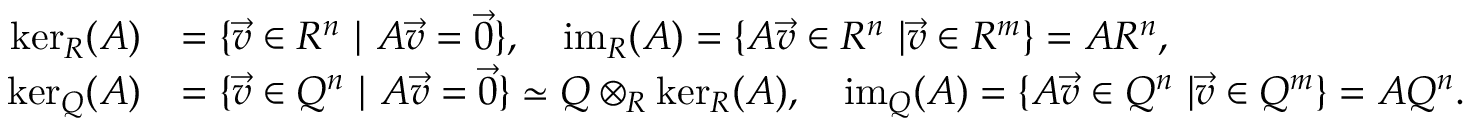
\begin{array} { r l } { \ker _ { R } ( A ) } & { = \{ \vec { v } \in R ^ { n } \ | \ A \vec { v } = \vec { 0 } \} , \ \ \ \operatorname { i m } _ { R } ( A ) = \{ A \vec { v } \in R ^ { n } \ | \vec { v } \in R ^ { m } \} = A R ^ { n } , } \\ { \ker _ { Q } ( A ) } & { = \{ \vec { v } \in Q ^ { n } \ | \ A \vec { v } = \vec { 0 } \} \simeq Q \otimes _ { R } \ker _ { R } ( A ) , \ \ \ \operatorname { i m } _ { Q } ( A ) = \{ A \vec { v } \in Q ^ { n } \ | \vec { v } \in Q ^ { m } \} = A Q ^ { n } . } \end{array}